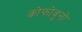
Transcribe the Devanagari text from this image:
कोफोवुनो